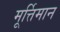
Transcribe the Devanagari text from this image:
मूर्त्तिमान